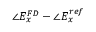
\angle E _ { x } ^ { F D } - \angle E _ { x } ^ { r e f }